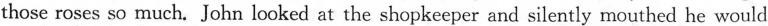
those roses so much. John looked at the shopkeeper and silently mouthed he would